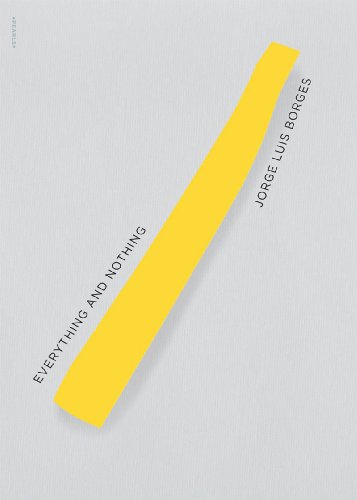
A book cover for Everything and Nothing (New Directions Pearls); Jorge Luis Borges; Literature & Fiction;